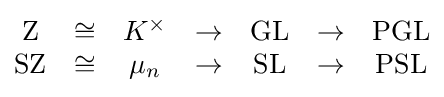
{\begin{matrix}\mathrm {Z} &\cong &K^{\times }&\to &\mathrm {GL} &\to &\mathrm {PGL} \\\mathrm {SZ} &\cong &\mu _{n}&\to &\mathrm {SL} &\to &\mathrm {PSL} \end{matrix}}